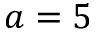
a = 5